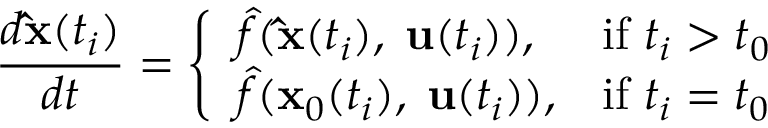
\frac { d \mathbf { \hat { x } } ( t _ { i } ) } { d t } = \left\{ \begin{array} { l l } { \hat { f } ( \mathbf { \hat { x } } ( t _ { i } ) , \; \mathbf { u } ( t _ { i } ) ) , } & { \mathrm { i f ~ } t _ { i } > t _ { 0 } } \\ { \hat { f } ( \mathbf { x } _ { 0 } ( t _ { i } ) , \; \mathbf { u } ( t _ { i } ) ) , } & { \mathrm { i f ~ } t _ { i } = t _ { 0 } } \end{array} \right.